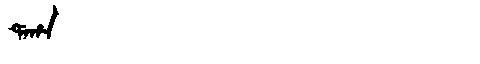
Manchu: ᡩᠠᡥᠠ
Romanization: DAHA